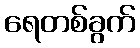
ရေတစ်ခွက်